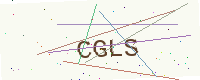
Text: CGLS